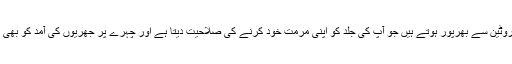
آم آم بیٹا کروٹین سے بھرپور ہوتے ہیں جو آپ کی جلد کو اپنی مرمت خود کرنے کی صلاحیت دیتا ہے اور چہرے پر جھریوں کی آمد کو بھی روکتا ہے۔